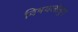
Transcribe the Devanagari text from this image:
विषयलोलुप